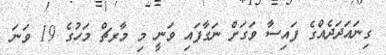
ގިނައަދަދެއްގެ ފައިސާ ވަގަށް ނަގާފައި ވަނީ މި މާރޗް މަހުގެ 19 ވަނަ